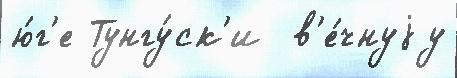
ю́г'е Тунгу́ск'и  в'е́чнуjу